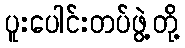
ပူးပေါင်းတပ်ဖွဲ့တို့